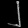
Digit: ၂